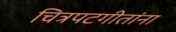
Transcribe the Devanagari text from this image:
चित्रपटगीतांना